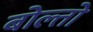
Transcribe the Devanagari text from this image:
बोल्तो